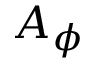
A _ { \phi }